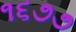
૧૬૭૭